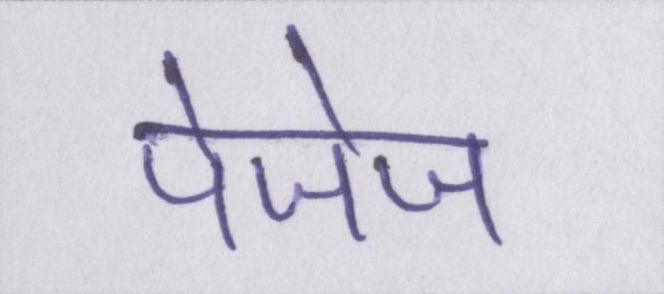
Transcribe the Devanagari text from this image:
पेजेज